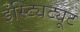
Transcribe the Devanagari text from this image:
इंस्ट्यिट्यूट